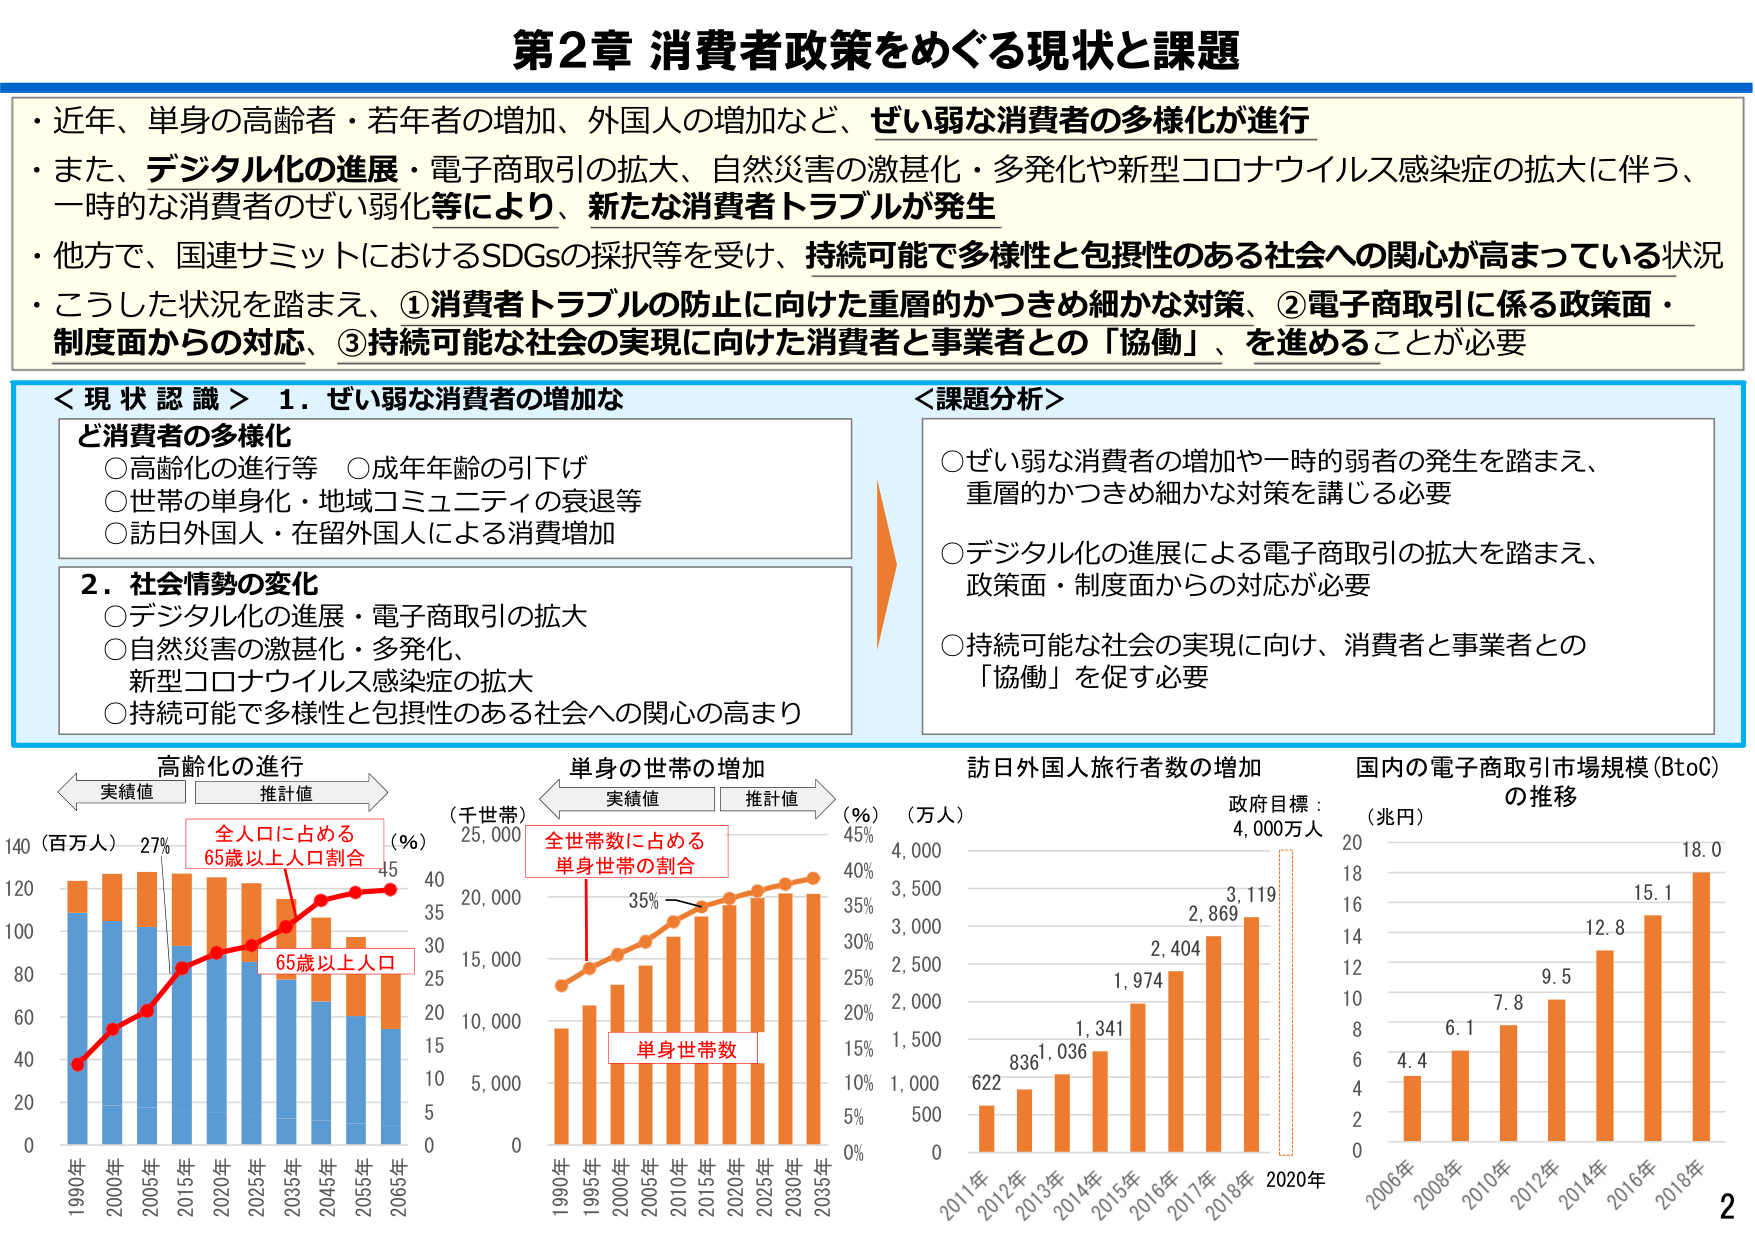
第2章 消費者政策をめぐる現状と課題

・近年、単身の高齢者・若年者の増加、外国人の増加など、ぜい弱な消費者の多様化が進行
・また、デジタル化の進展・電子商取引の拡大、自然災害の激甚化・多発化や新型コロナウイルス感染症の拡大に伴う、一時的な消費者のぜい弱化等により、新たな消費者トラブルが発生
・他方で、国連サミットにおけるSDGsの採択等を受け、持続可能で多様性と包摂性のある社会への関心が高まっている状況
・こうした状況を踏まえ、①消費者トラブルの防止に向けた重層的かつきめ細かな対策、②電子商取引に係る政策面・制度面からの対応、③持続可能な社会の実現に向けた消費者と事業者との「協働」、を進めることが必要

＜現状認識＞ 1．ぜい弱な消費者の増加
　　ど消費者の多様化
　　○高齢化の進行等　○成年年齢の引下げ
　　○世帯の単身化・地域コミュニティの衰退等
　　○訪日外国人・在留外国人による消費増加

　　2．社会情勢の変化
　　○デジタル化の進展・電子商取引の拡大
　　○自然災害の激甚化・多発化、
　　　新型コロナウイルス感染症の拡大
　　○持続可能で多様性と包摂性のある社会への関心の高まり

＜課題分析＞
　　○ぜい弱な消費者の増加や一時的弱者の発生を踏まえ、
　　　重層的かつきめ細かな対策を講じる必要
　　○デジタル化の進展による電子商取引の拡大を踏まえ、
　　　政策面・制度面からの対応が必要
　　○持続可能な社会の実現に向け、消費者と事業者との
　　　「協働」を促す必要

高齢化の進行
　　実績値　　推計値
　　（百万人）　（％）
　　140　　　　27%　　45
　　120
　　100
　　80
　　60
　　40
　　20
　　0
　　1990年　2000年　2005年　2015年　2020年　2025年　2035年　2045年　2055年　2065年
　　全人口に占める
　　65歳以上人口割合
　　65歳以上人口

単身の世帯の増加
　　実績値　　推計値
　　（千世帯）　（％）
　　25,000
　　20,000
　　15,000
　　10,000
　　5,000
　　0
　　1990年　1995年　2000年　2005年　2010年　2015年　2020年　2025年　2030年　2035年
　　全世帯数に占める
　　単身世帯の割合
　　35%
　　単身世帯数

訪日外国人旅行者数の増加
　　（万人）
　　4,000
　　3,500
　　3,000
　　2,500
　　2,000
　　1,500
　　1,000
　　500
　　0
　　2011年　2012年　2013年　2014年　2015年　2016年　2017年　2018年　2020年
　　622　836　1,036　1,341　1,974　2,404　2,869　3,119
　　政府目標：4,000万人

国内の電子商取引市場規模（BtoC）の推移
　　（兆円）
　　20
　　18
　　16
　　14
　　12
　　10
　　8
　　6
　　4
　　2
　　0
　　2006年　2008年　2010年　2012年　2014年　2016年　2018年
　　4.4　6.1　7.8　9.5　12.8　15.1　18.0

2